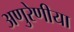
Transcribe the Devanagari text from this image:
अणुरेणीया